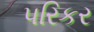
પરિકર